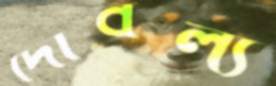
দৌর্বল্য